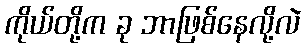
ကိုယ်တို့က ခု ဘာဖြစ်နေလို့လဲ